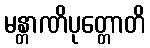
မန္တာဏိပုတ္တောတိ